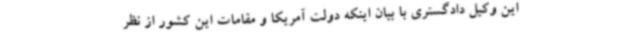
این وکیل دادگستری با بیان اینکه دولت آمریکا و مقامات این کشور از نظر